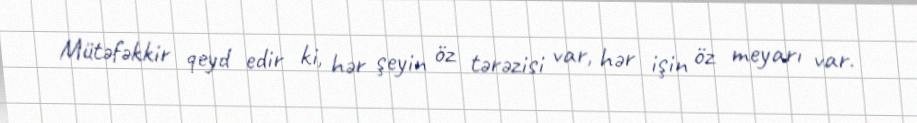
Mütəfəkkir qeyd edir ki, hər şeyin öz tərəzisi var, hər işin öz meyarı var.